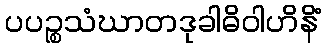
ပပဉ္စသံဃာတဒုခါဓိဝါဟိနိံ